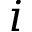
i